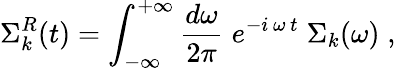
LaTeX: \Sigma_{k}^{R}(t)=\int_{-\infty}^{+\infty}\frac{d\omega}{2\pi}\; e^{-i\, \omega\, t}\; {\Sigma}_{k}(\omega)\; ,